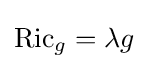
\operatorname {Ric} _{g}=\lambda g